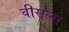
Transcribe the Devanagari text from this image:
वीसल्स